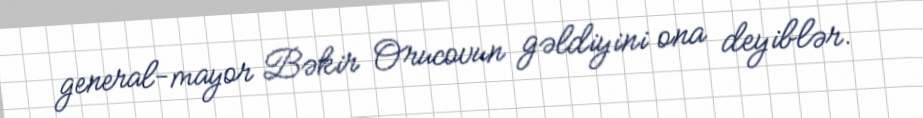
general-mayor Bəkir Orucovun gəldiyini ona deyiblər.